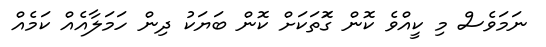
ނަމަވެސް މި ކީއްވެ ކޮން ގޮަތަކަށް ކޮން ބަޔަކު ދިން ހަމަލާއެއް ކަމެއް